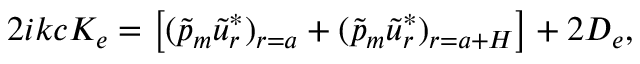
\begin{array} { r } { 2 i k c K _ { e } = \left[ ( \tilde { p } _ { m } \tilde { u } _ { r } ^ { * } ) _ { r = a } + ( \tilde { p } _ { m } \tilde { u } _ { r } ^ { * } ) _ { r = a + H } \right] + 2 D _ { e } , } \end{array}